65_HS1-834228961_62-HQ-83894_Section_7
Agency: FBI
Page 46
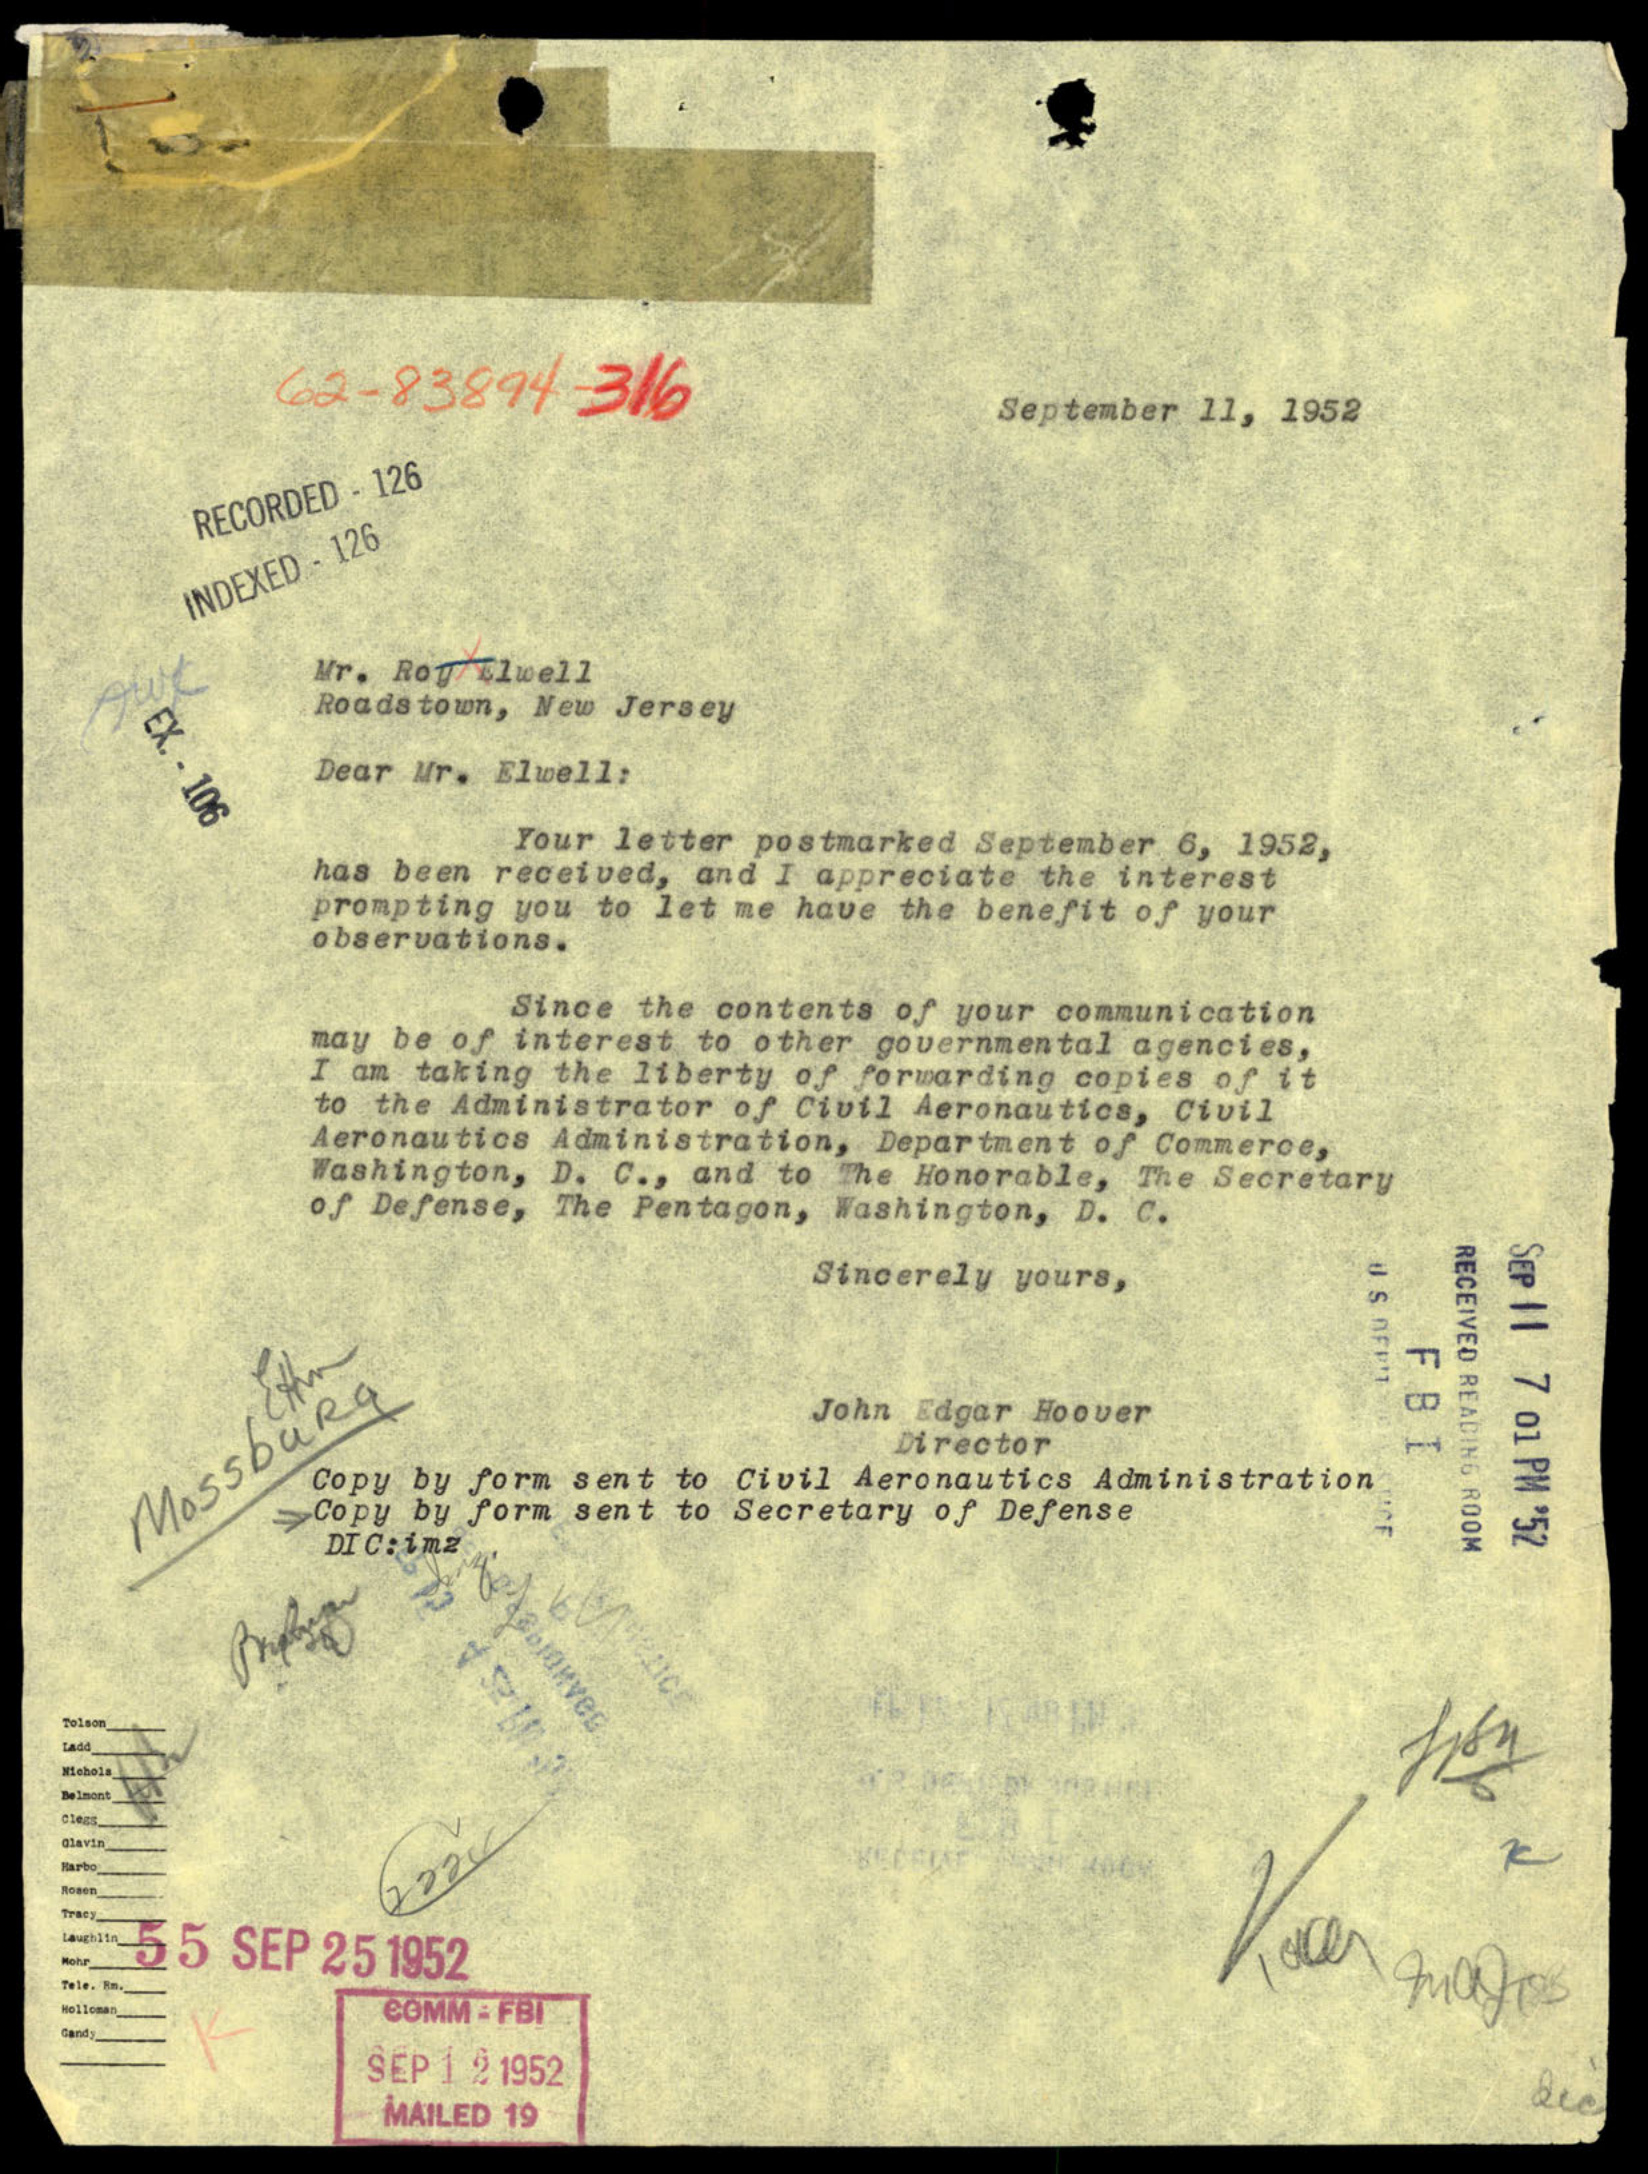